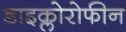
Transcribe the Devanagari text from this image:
डाइक्लोरोफीन